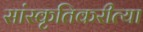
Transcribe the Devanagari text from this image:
सांस्कृतिकरीत्या